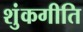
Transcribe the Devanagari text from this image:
शुंकगीति